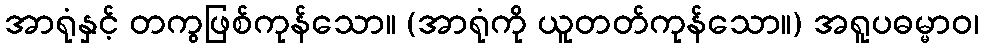
အာရုံနှင့် တကွဖြစ်ကုန်သော။ (အာရုံကို ယူတတ်ကုန်သော။) အရူပဓမ္မာဝ၊